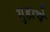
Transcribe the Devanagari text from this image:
गुहाचे